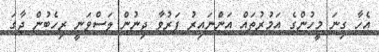
އެހާ ގިނަ މީހުންގެ އަމުރުތައް އަންނައިރު ފަރުވާ ދިނުން ލަސްވަނީ ރިހެބުން ޖާގަ